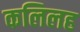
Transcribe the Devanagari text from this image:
कलिलह